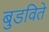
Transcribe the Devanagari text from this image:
बुडविते